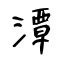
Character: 潭